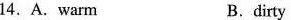
14. A.Warm B.dirty